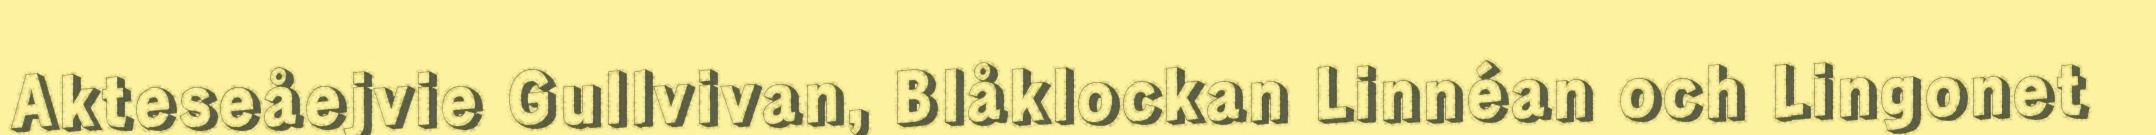
Akteseåejvie Gullvivan, Blåklockan Linnéan och Lingonet